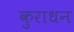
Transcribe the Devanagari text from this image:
कुराधन